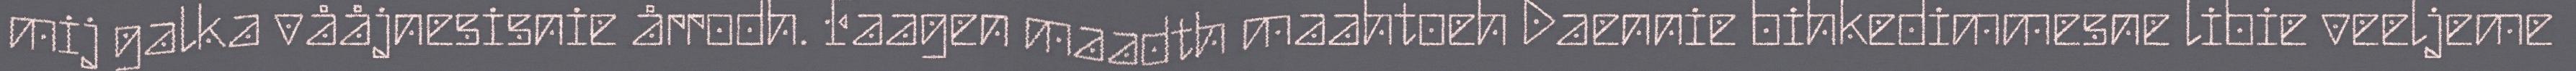
mij galka vååjnesisnie årrodh. Faagen maadth maahtoeh Daennie bihkedimmesne libie veeljeme